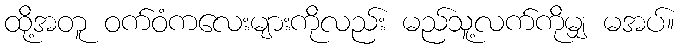
ထို့အတူ ဝက်ဝံကလေးများကိုလည်း မည်သူ့လက်ကိုမျှ မအပ်။